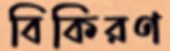
বিকিরণ